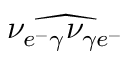
{ \widehat { \nu _ { e ^ { - } \gamma } \nu _ { \gamma e ^ { - } } } }